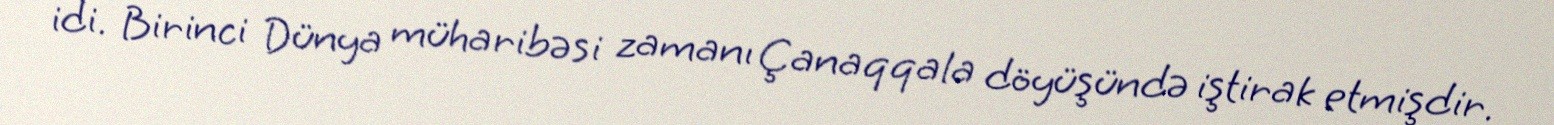
idi. Birinci Dünya müharibəsi zamanı Çanaqqala döyüşündə iştirak etmişdir.